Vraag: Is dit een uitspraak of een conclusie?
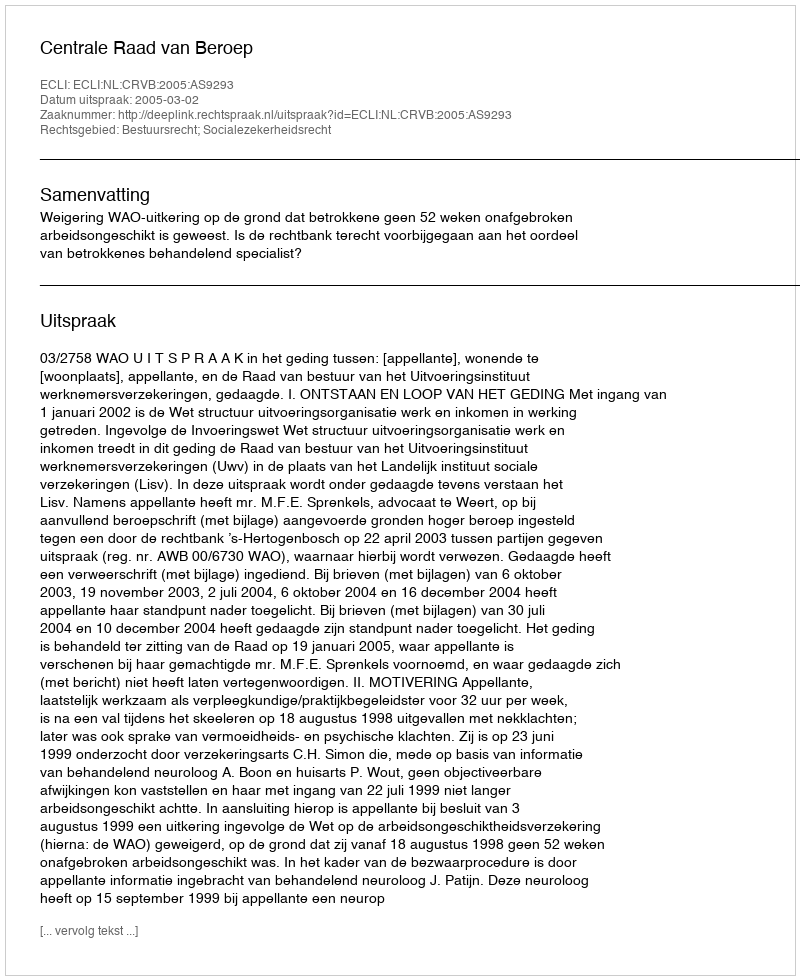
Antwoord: Uitspraak